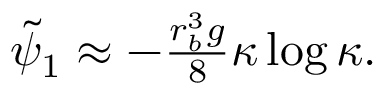
\begin{array} { r } { \tilde { \psi } _ { 1 } \approx - \frac { r _ { b } ^ { 3 } g } { 8 } \kappa \log \kappa . } \end{array}